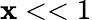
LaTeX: \mathbf{x}<<1